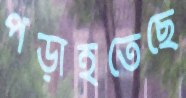
পড়াইতেছে